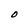
Character: O